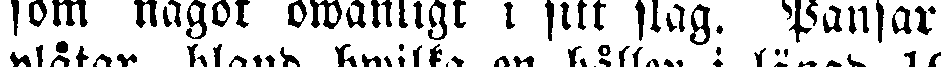
som något owanligt i sitt slag. Pansar-